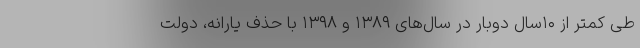
طی کمتر از ۱۰سال دوبار در سال‌های ۱۳۸۹ و ۱۳۹۸ با حذف یارانه، دولت